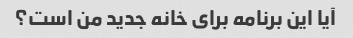
آیا این برنامه برای خانه جدید من است؟